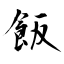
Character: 飯